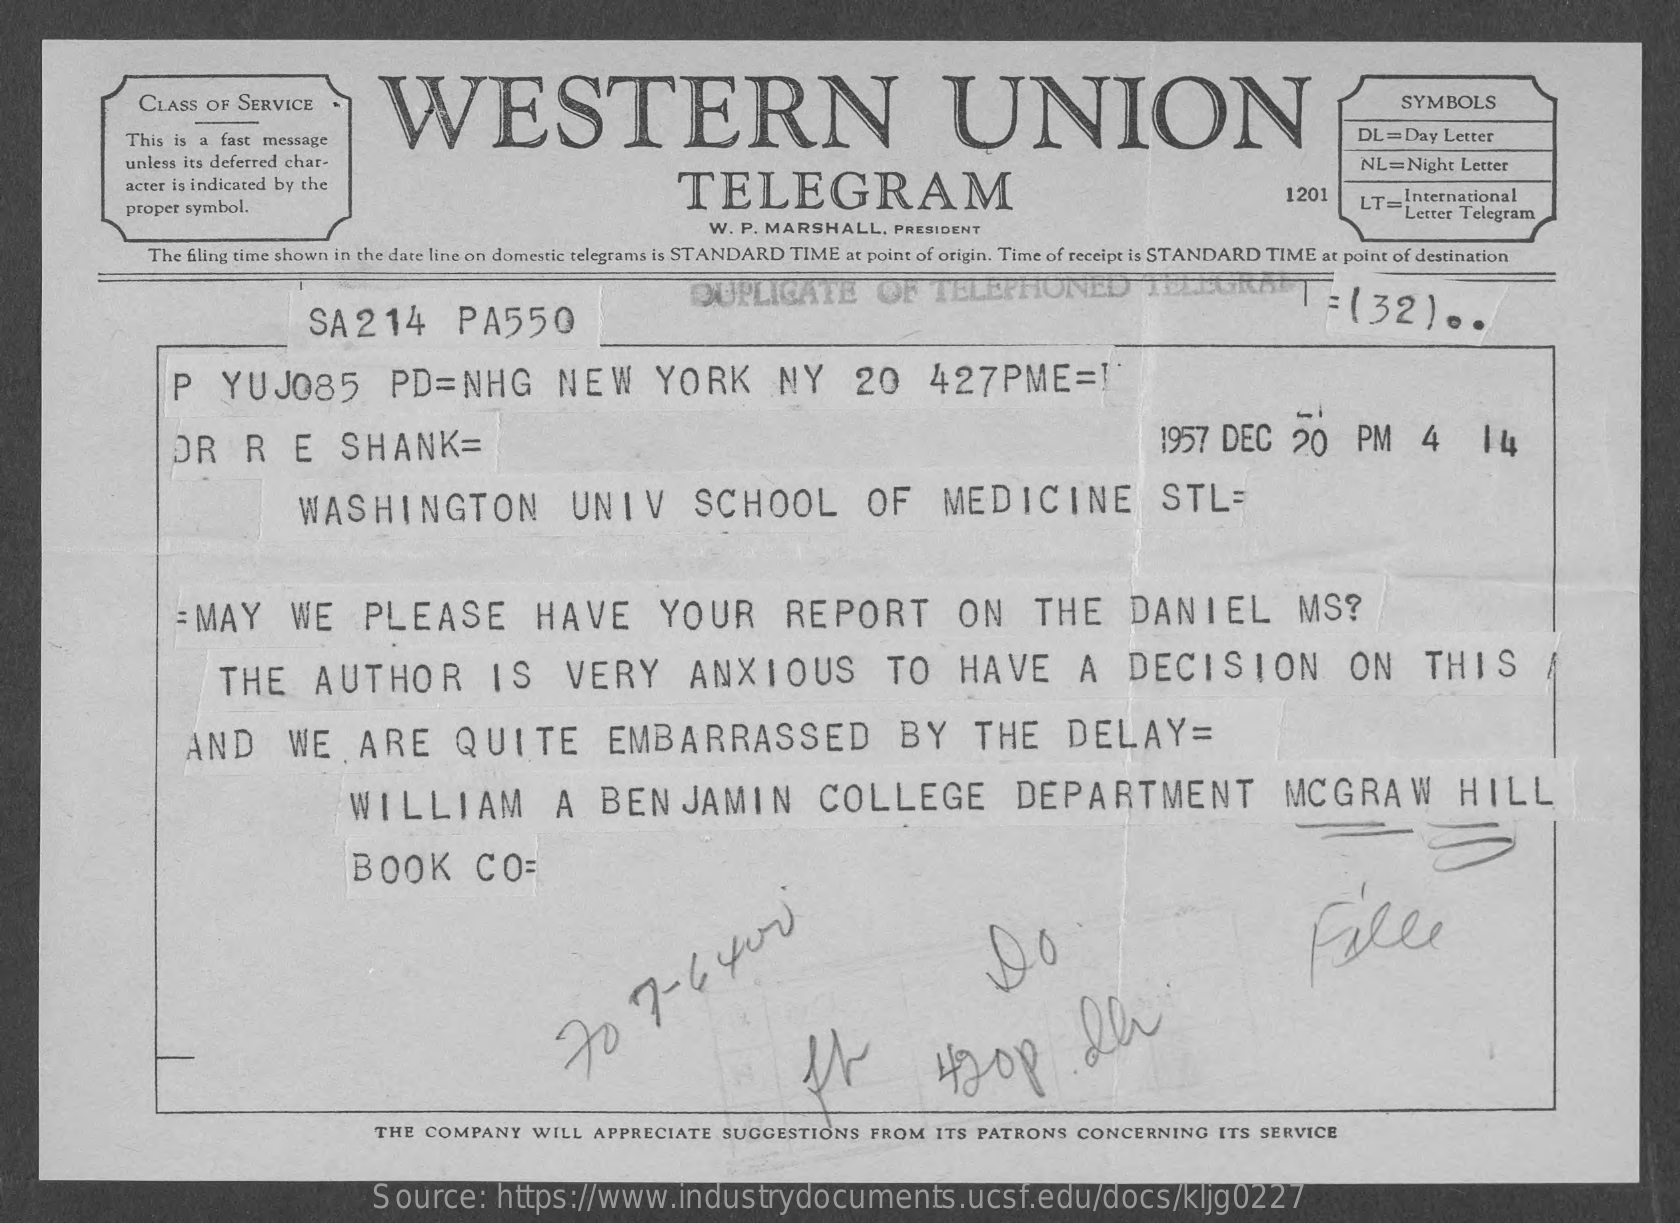
CLASS OF SERVICE    WESTERN    UNION
     SYMBOLS
     This is a fast message    DL = Day Letter
     unless its deferred char-
     TELEGRAM
     NL=Night Letter
     acter is indicated by the
     proper symbol.
     1201   LT= International
     W. P. MARSHALL.  PRESIDENT
     Letter Telegram
     The filing time shown in the date line on domestic telegrams is STANDARD TIME at point of origin. Time of receipt is STANDARD TIME at point of destination
     SA214    PA550
     DUPLICATE    OF   TELEPHONE    T:  (  32)    . ..
     P    YUJ085    PD=NHG    NEW    YORK    NY    20    427PME=1
     DR    R    E   SHANK=    1957  DEC   20    PM    4    14
     WASHINGTON    UNIV    SCHOOL    OF    MEDICINE    STL=
     : MAY    WE    PLEASE    HAVE    YOUR    REPORT    ON    THE    DANIEL    MS?
     THE    AUTHOR    IS    VERY    ANXIOUS    TO    HAVE    A    DECISION    ON    THIS
     AND    WE    ARE    QUITE    EMBARRASSED    BY    THE    DELAY=
     WILLIAM    A    BENJAMIN    COLLEGE    DEPARTMENT    MCGRAW    HILL
     BOOK    CO=
     Palle
     70
     7-  6
     400
     THE  COMPANY   WILL APPRECIATE  SUGGESTIONS   FROM  ITS PATRONS   CONCERNING   ITS SERVICE
     Source:    https://www.industrydocuments.ucsf.edu/docs/kljg0227